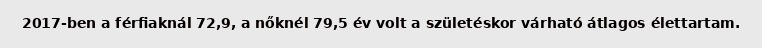
2017-ben a férfiaknál 72,9, a nőknél 79,5 év volt a születéskor várható átlagos élettartam.